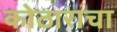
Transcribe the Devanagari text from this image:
कोठाराचा